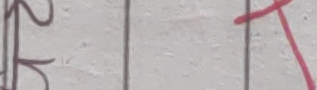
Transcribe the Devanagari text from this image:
२५